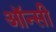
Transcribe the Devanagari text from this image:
ऑन्सी